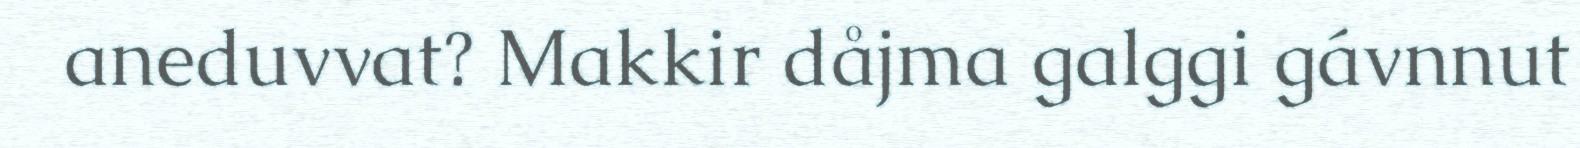
aneduvvat? Makkir dåjma galggi gávnnut